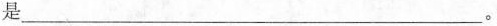
是___。